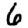
Digit: 6